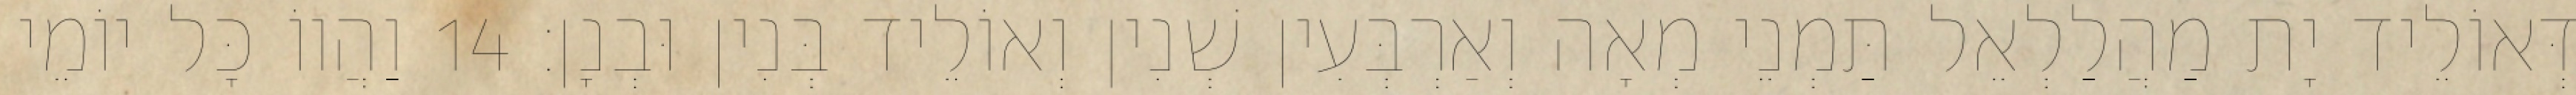
דְּאוֹלֵיד יָת מַהֲלַלְאֵל תַּמְנֵי מְאָה וְאַרְבְּעִין שְׁנִין וְאוֹלֵיד בְּנִין וּבְנָן׃ 14 וַהֲווֹ כָּל יוֹמֵי